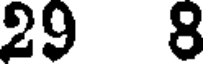
29 8